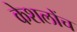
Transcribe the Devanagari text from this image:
केशलोंच